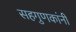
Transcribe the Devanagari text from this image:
सहगुणकांनी